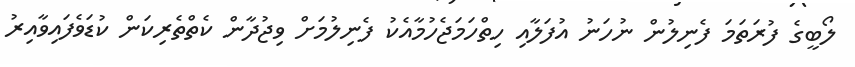
ލޯބީގެ ފުރަތަމަ ފެނިލުން ނުހަނު އުފަލާއި ހިތްހަމަޖެހުމާއެކު ފެނިލުމަށް ވިޖުދާން ކެތްތެރިކަން ކުޑަވެފައިވާއިރު